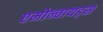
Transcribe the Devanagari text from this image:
एमोन्वायड्स